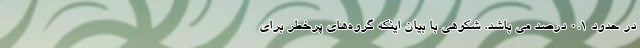
در حدود ۰.۱ درصد می باشد. شکوهی با بیان اینکه گروه‌های پرخطر برای